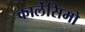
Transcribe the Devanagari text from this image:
कार्लेसिमो